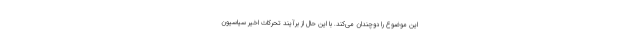
این موضوع را دوچندان می‌کند. با این حال از برآیند تحرکات اخیر سیاسیون